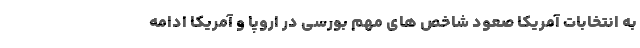
به انتخابات آمریکا صعود شاخص های مهم بورسی در اروپا و آمریکا ادامه